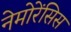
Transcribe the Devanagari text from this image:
नेमोरेंसिस